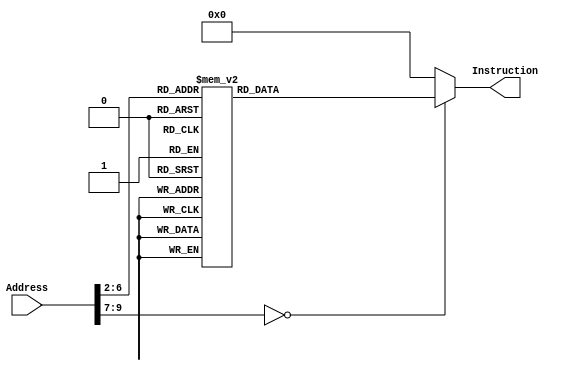
module InstructionMemory(
	input      [32 -1:0] Address, 
	output reg [32 -1:0] Instruction
);
	
	always @(*)
		case (Address[9:2])

			// -------- Paste Binary Instruction Below (Inst-q1.txt, Inst-q2.txt, Inst-q3.txt)
            //		addi $a1 $zero 1	# $a1 = 1
            //        sw $a1 0($t1)        # set reg_start = 1
            //        addi $a0 $zero 7    # y = 7
            //        jal h_y                # calc y^2 + y
            //        addi $s1 $v0 0        # $s1 = h(y)
            //        lui $t2 0x4000
            //        addi $t2 $t2 4        # $t2 = address of reg_ans
            //        lw $s0 0($t2)        # $s0 = g(x)
            //        sub $s2 $s0 $s1        # $s2 = f(x, y)
            //    loop:
            //        j loop
            //    h_y:
            //        add $t0 $zero $a0    # partial sum $t0 = y
            //        mul $t1 $a0 $a0        # $t1 = y^2
            //        add $t0 $t0 $t1        # $t0 = y + y^2
            //        addi $v0 $t0 0        # $v0 = $t0
            //        jr $ra                # return h(y)
            
            8'd0:    Instruction <= 32'h20040005;
            8'd1:    Instruction <= 32'h3c084000;
            8'd2:    Instruction <= 32'h21080000;
            8'd3:    Instruction <= 32'had040000;
            8'd4:    Instruction <= 32'h3c094000;
            8'd5:    Instruction <= 32'h21090008;
            8'd6:    Instruction <= 32'h20050001;
            8'd7:    Instruction <= 32'had250000;
            8'd8:    Instruction <= 32'h20040007;
            8'd9:    Instruction <= 32'h0c100010;
            8'd10:    Instruction <= 32'h20510000;
            8'd11:    Instruction <= 32'h3c0a4000;
            8'd12:    Instruction <= 32'h214a0004;
            8'd13:    Instruction <= 32'h8d500000;
            8'd14:    Instruction <= 32'h02119022;
            8'd15:    Instruction <= 32'h0810000f;
            8'd16:    Instruction <= 32'h00044020;
            8'd17:    Instruction <= 32'h70844802;
            8'd18:    Instruction <= 32'h01094020;
            8'd19:    Instruction <= 32'h21020000;
            8'd20:    Instruction <= 32'h03e00008; 
			// -------- Paste Binary Instruction Above
			
			default: Instruction <= 32'h00000000;
		endcase
		
endmodule